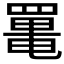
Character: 𦋸